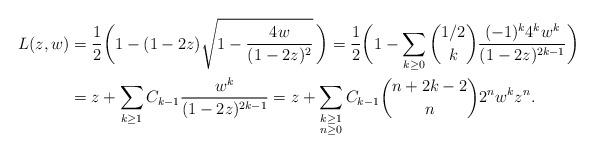
LaTeX: \begin{align*} L(z, w) &= \frac12\biggl(1- (1-2z)\sqrt{1-\frac{4w}{(1-2z)^2}}\,\biggr) = \frac12\biggl(1-\sum_{k\ge 0} \binom{1/2}{k}\frac{(-1)^k4^kw^k}{(1-2z)^{2k-1}}\biggr)\\ &= z + \sum_{k\ge 1}C_{k-1}\frac{w^k}{(1-2z)^{2k-1}} = z + \sum_{\substack{k\ge 1\\n\ge 0}}C_{k-1}\binom{n+2k-2}{n}2^n w^k z^{n}. \end{align*}